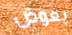
يعوض